Indian journal of veterinary science and animal husbandry - Volumes 18-21, 1948-1951
Year: 1948
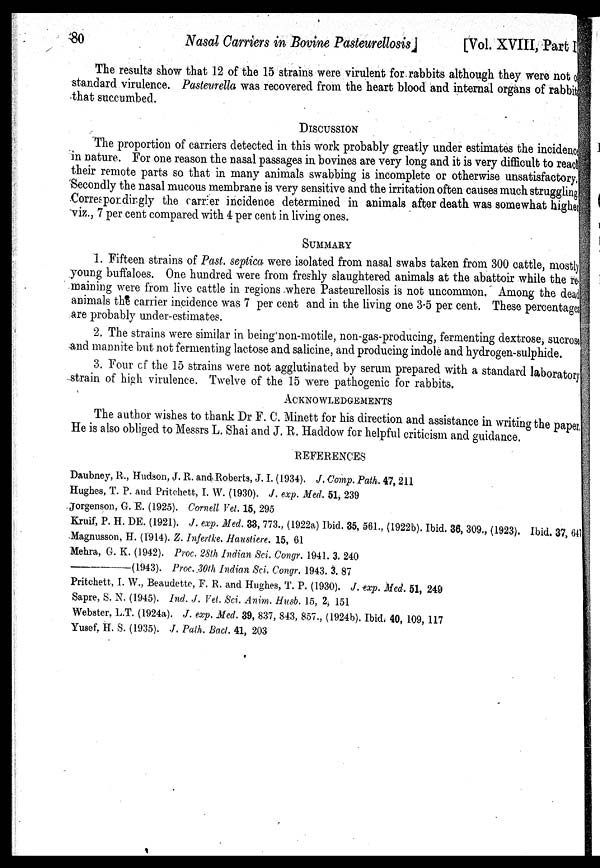
80
Nasal Carriers in Bovine Pasteurellosis
[Vol. XVIII, Part I
The results show that 12 of the 15 strains were virulent for rabbits although they were not
standard virulence. Pasteurella was recovered from the heart blood and internal organs of rabbi
that succumbed.
DISCUSSION
The proportion of carriers detected in this work probably greatly under estimates the incidence
in nature. For one reason the nasal passages in bovines are very long and it is very difficult to reach
their remote parts so that in many animals swabbing is incomplete or otherwise unsatisfactory.
Secondly the nasal mucous membrane is very sensitive and the irritation often causes much struggling
Correspondingly the carrier incidence determined in animals after death was somewhat highe
viz., 7 per cent compared with 4 per cent in living ones.
SUMMARY
1. Fifteen strains of Past. septica were isolated from nasal swabs taken from 300 cattle, mostly
young buffaloes. One hundred were from freshly slaughtered animals at the abattoir while the re-
maining were from live cattle in regions where Pasteurellosis is not uncommon. Among the dead
animals the carrier incidence was 7 per cent and in the living one 3.5 per cent. These percentages
are probably under-estimates.
2. The strains were similar in being non-motile, non-gas-producing, fermenting dextrose, sucrose
and mannite but not fermenting lactose and salicine, and producing indole and hydrogen-sulphide.
3. Four of the 15 strains were not agglutinated by serum prepared with a standard laboratory
strain of high virulence. Twelve of the 15 were pathogenic for rabbits.
ACKNOWLEDGEMENTS
The author wishes to thank Dr F. C. Minett for his direction and assistance in writing the paper
He is also obliged to Messrs L. Shai and J. R. Haddow for helpful criticism and guidance.
REFERENCES
Daubney, R., Hudson, J. R. and Roberts, J. I. (1934). J. Comp. Path. 47, 211
Hughes, T. P. and Pritchett, I. W. (1930). J. exp. Med. 51, 239
Jorgenson, G. E. (1925). Cornell Vet. 15, 295
Kruif, P. H. DE. (1921). J. exp. Med. 33, 773., (1922a) Ibid. 35, 561., (1922b). Ibid. 36, 309., (1923). Ibid. 37, 647
Magnusson, H. (1914). Z. Infertke. Haustiere. 15, 61
Mehra, G. K. (1942). Proc. 28th Indian Sci. Congr. 1941. 3. 240
——(1943).
Proc. 30th Indian Sci. Congr. 1943. 3. 87
Pritchett, I. W., Beaudette, F. R. and Hughes, T. P. (1930). J. exp. Med. 51, 249
Sapre, S. N. (1945). Ind. J. Vet. Sci. Anim. Husb. 15, 2, 151
Webster, L.T. (1924a). J. exp. Med. 39, 837, 843, 857., (1924b). Ibid. 40, 109, 117
Yusef, H. S. (1935). .J. Path. Bact. 41, 203